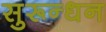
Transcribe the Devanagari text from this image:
सुरून्धन